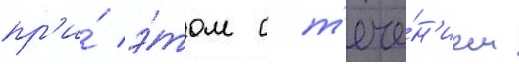
пр'и́ э́том с т'ече́н'ием